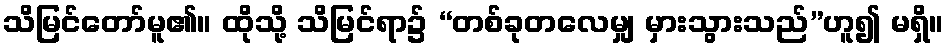
သိမြင်တော်မူ၏။ ထိုသို့ သိမြင်ရာ၌ “တစ်ခုတလေမျှ မှားသွားသည်”ဟူ၍ မရှိ။